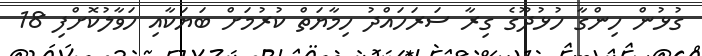
ގުޅުން ހިންގާ ހުޅުދޫގެ ގިރާ ސަރަހައްދު ހިމާޔަތް ކުރުމަށް ބަޔަކާއި ހަވާލުކޮށްފި 18